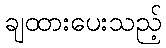
ချထားပေးသည့်